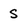
Character: s